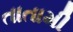
તાતામી